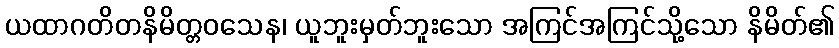
ယထာဂတိတနိမိတ္တဝသေန၊ ယူဘူးမှတ်ဘူးသော အကြင်အကြင်သို့သော နိမိတ်၏